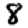
Digit: 8